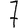
Digit: 7